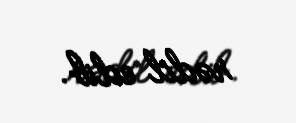
rədd edib.